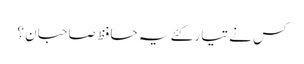
کس نے تیار کئے یہ حافظ صاحبان ؟